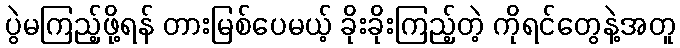
ပွဲမကြည့်ဖို့ရန် တားမြစ်ပေမယ့် ခိုးခိုးကြည့်တဲ့ ကိုရင်တွေနဲ့အတူ